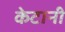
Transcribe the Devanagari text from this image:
केटानी